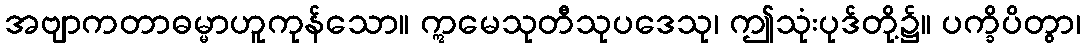
အဗျာကတာဓမ္မာဟူကုန်သော။ ဣမေသုတီသုပဒေသု၊ ဤသုံးပုဒ်တို့၌။ ပက္ခိပိတွာ၊